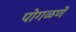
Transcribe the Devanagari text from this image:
पोगळणें